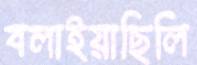
বলাইয়াছিলি